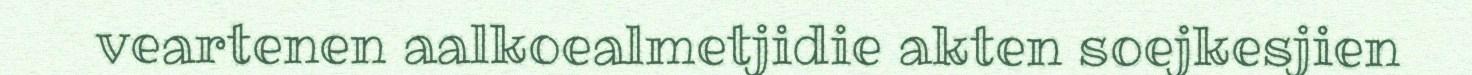
veartenen aalkoealmetjidie akten soejkesjien